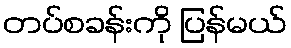
တပ်စခန်းကို ပြန်မယ်